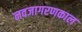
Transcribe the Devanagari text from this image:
नवजागरणकाल